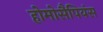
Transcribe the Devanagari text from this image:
होमोसैपियंस